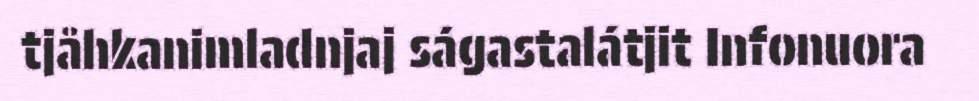
tjåhkanimladnjaj ságastalátjit Infonuora